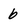
Character: 6